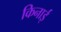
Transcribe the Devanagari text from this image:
किनाई